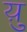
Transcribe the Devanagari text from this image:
य़ु